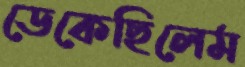
ডেকেছিলেম